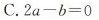
C. $$2 a - b = 0$$